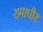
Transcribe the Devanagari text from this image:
रामाधीर